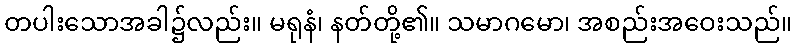
တပါးသောအခါ၌လည်း။ မရုနံ၊ နတ်တို့၏။ သမာဂမော၊ အစည်းအဝေးသည်။